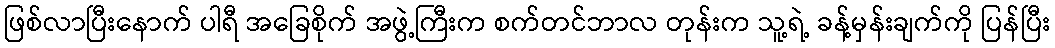
ဖြစ်လာပြီးနောက် ပါရီ အခြေစိုက် အဖွဲ့ကြီးက စက်တင်ဘာလ တုန်းက သူ့ရဲ့ ခန့်မှန်းချက်ကို ပြန်ပြီး